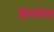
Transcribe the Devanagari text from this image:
व्रेमनेम